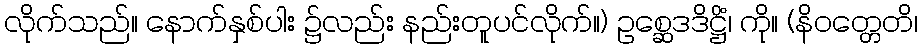
လိုက်သည်။ နောက်နှစ်ပါး ၌လည်း နည်းတူပင်လိုက်။) ဥစ္ဆေဒဒိဋ္ဌိံ၊ ကို။ (နိဝတ္တေတိ၊